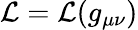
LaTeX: {\mathcal{L}}={\mathcal{L}}(g_{\mu\nu})